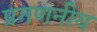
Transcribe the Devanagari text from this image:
प्रगणनीय